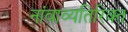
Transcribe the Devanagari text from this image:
नांवाव्यतिरिक्त